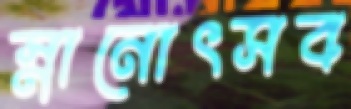
স্নানোৎসব